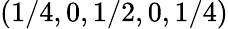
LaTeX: (1/4,0,1/2,0,1/4)